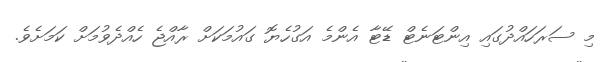
މި ސަރަހައްދުގައި އިންޓަނެޓް ޑޭޓާ އެންމެ އަގުހެޔޮ ގައުމަކަށް ރާއްޖެ ހެއްދެވުމަށް ކަމަށެވެ.